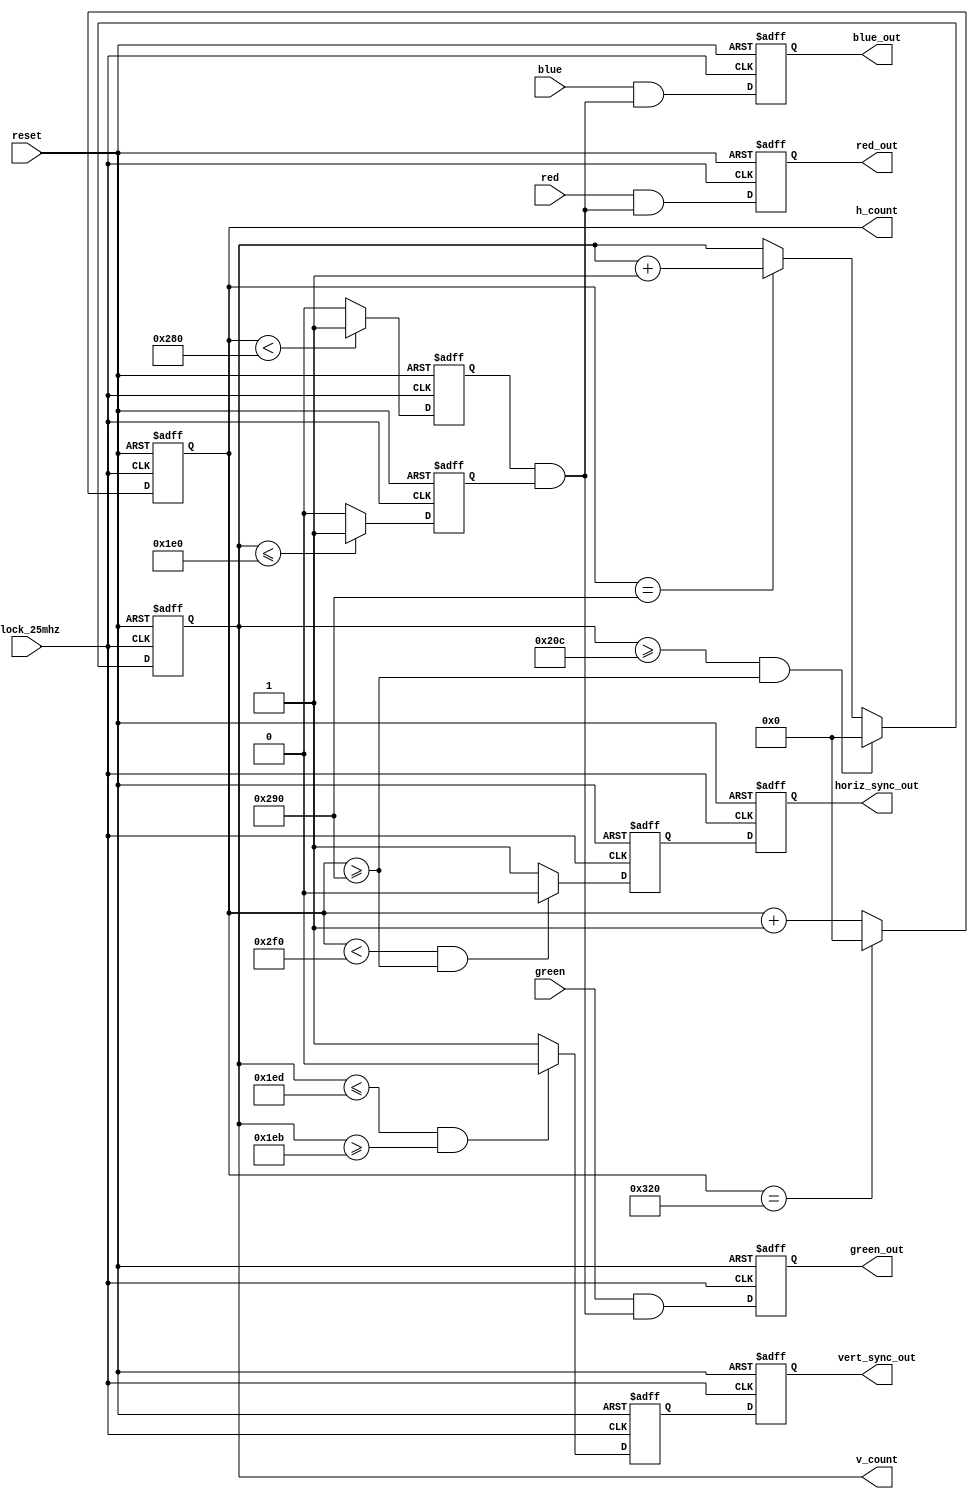
module vga_sync (
  input clock_25mhz, red, green, blue, reset,
  output reg red_out, green_out, blue_out, horiz_sync_out, vert_sync_out,
  output reg [9:0] h_count, v_count
);

  parameter h_pixels_across = 640; //display width
  parameter h_sync_low = 656; //edge of back porch
  parameter h_sync_high = 752; //end of sync
  parameter h_end_count = 800; //end front porch

  parameter v_pixels_down = 480; //from top to bottom
  parameter v_sync_low = 491;
  parameter v_sync_high = 493;
  parameter v_end_count = 524;

//  reg [9:0] h_count, v_count;
  reg horiz_sync, vert_sync;
  reg video_on_v, video_on_h;
  
  wire video_on_int;

  assign video_on_int = video_on_h & video_on_v;

  // set up registers for these signals
  always @ (posedge reset or posedge clock_25mhz) begin
    if (reset) begin
      h_count <= 10'd0;
      horiz_sync <= 1'b1;
      v_count <= 10'd0;
      vert_sync <= 1'b1;
      video_on_h <= 1'b0;
      video_on_v <= 1'b0;
      horiz_sync_out <= 1'b0;
      vert_sync_out <= 1'b0;
      red_out <= 1'b0;
      blue_out <= 1'b0;
      green_out <= 1'b0;
    end else begin
      // generate horizontal and vertical timing counts for video signal
      if (h_count == h_end_count) begin
        h_count <= 10'd0;
      end else begin
        h_count <= h_count + 10'd1;
      end
  
      // generate horizontal sync signal using h_count
      if ((h_count < h_sync_high) && (h_count >= h_sync_low)) begin
        horiz_sync <= 1'b0;
      end else begin
        horiz_sync <= 1'b1;
      end
  
      // v_count counts rows of pixels
      if ((v_count >= v_end_count) && (h_count >= h_sync_low)) begin
        v_count <= 10'd0;
      end else if (h_count == h_sync_low) begin
        v_count <= v_count + 10'd1;
      end
  
      // generate vertical sync signal using v_count
      if ((v_count <= v_sync_high) && (v_count >= v_sync_low)) begin
        vert_sync <= 1'b0;
      end else begin
        vert_sync <= 1'b1;
      end
  
      // generate video on screen signals for pixel data
      if (h_count < h_pixels_across) begin
        video_on_h <= 1'b1;
      end else begin
        video_on_h <= 1'b0;
      end
      if (v_count <= v_pixels_down) begin
        video_on_v <= 1'b1;
      end else begin
        video_on_v <= 1'b0;
      end
  
      // put all signals through one cycle of DFFs to synchronize them
      horiz_sync_out <= horiz_sync;
      vert_sync_out <= vert_sync;
      red_out <= red & video_on_int;
      green_out <= green & video_on_int;
      blue_out <= blue & video_on_int;
    end
  end

endmodule